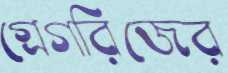
গ্রেগরিজের